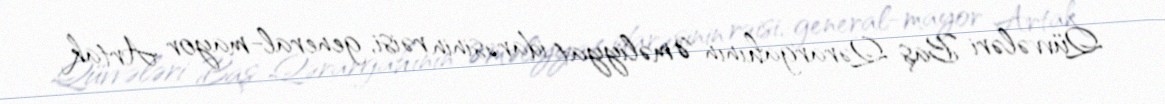
Qüvvələri Baş Qərargahının Əməliyyat idarəsinin rəisi, general-mayor Artak